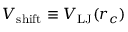
V _ { \mathrm { s h i f t } } \equiv V _ { \mathrm { L J } } ( r _ { c } )